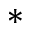
*